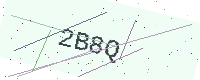
Text: 2B8Q